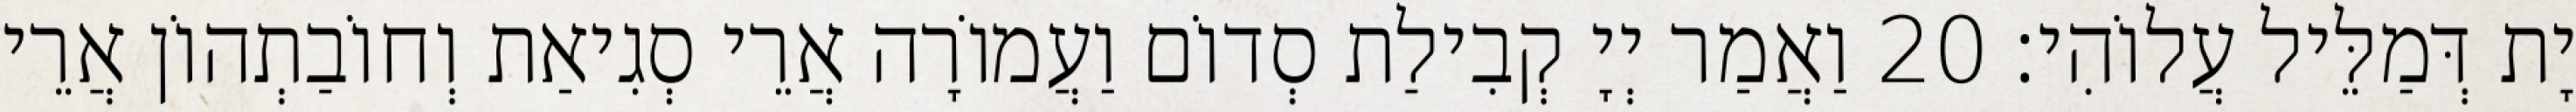
יָת דְּמַלֵּיל עֲלוֹהִי׃ 20 וַאֲמַר יְיָ קְבִילַת סְדוֹם וַעֲמוֹרָה אֲרֵי סְגִיאַת וְחוֹבַתְהוֹן אֲרֵי